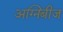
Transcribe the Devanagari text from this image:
अग्निबीज